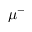
\mu ^ { - }